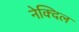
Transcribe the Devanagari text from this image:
नेक्दिल